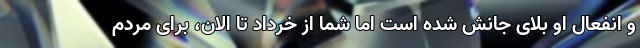
و انفعال او بلای جانش شده است اما شما از خرداد تا الان، برای مردم